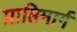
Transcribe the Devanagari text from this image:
प्राप्तिमार्ग